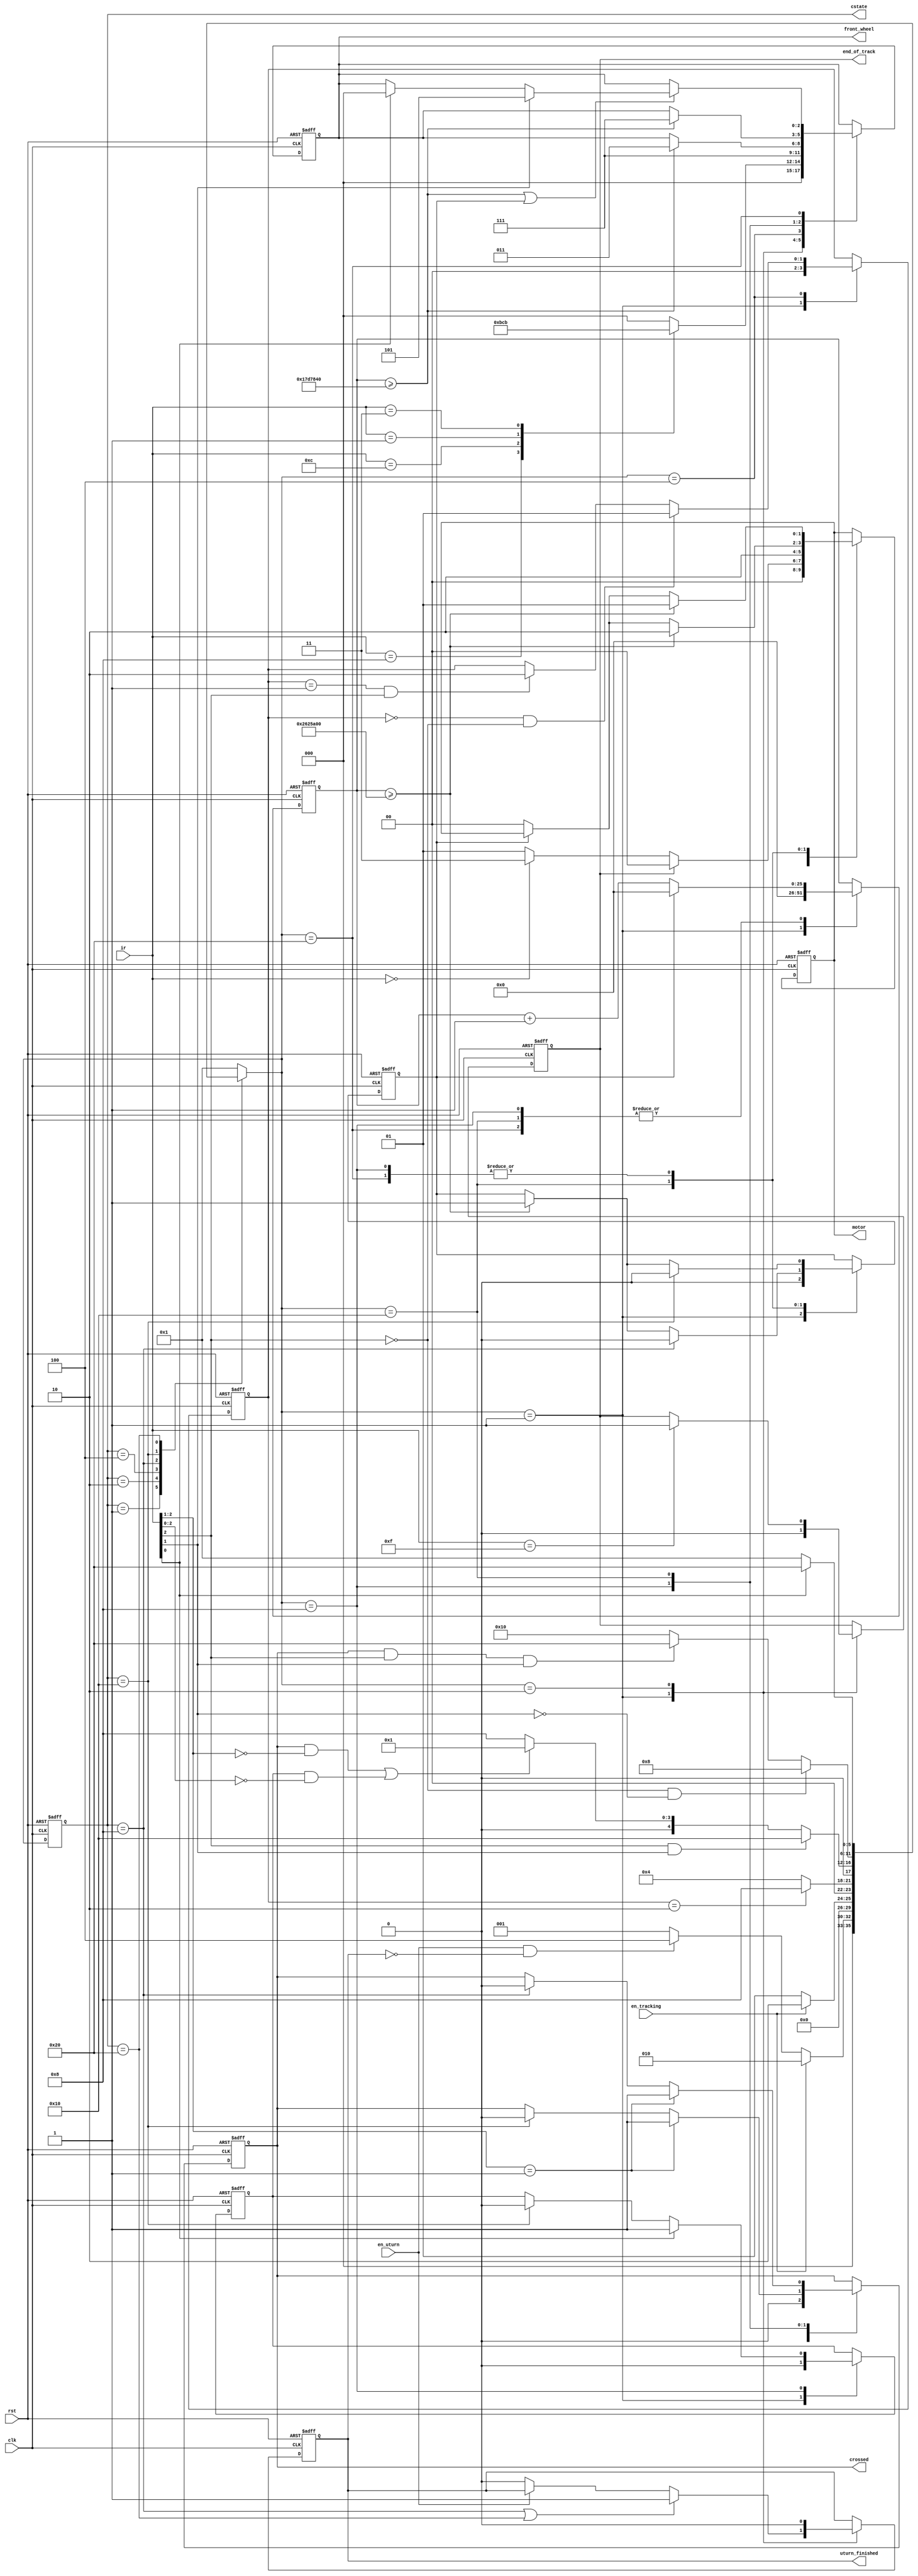
// tracking and u-turn logic
module Trackuturn (
    // global reset
    input rst,
    // clock
    input clk,
    // binary signals of 4 infrared sensors
    input [3:0] ir,
    // enable signal from Core
    input en_tracking,
    input en_uturn,
    // front wheel direction to Servo
    // 000 straight  001 left small  011 left big  101 right small  111 right big
    output reg [2:0] front_wheel,
    // motor speed to Motor
    // 00 stop  01 forward  10 backward  11 fast forward
    output reg [1:0] motor,
    // end of track to Core
    output reg end_of_track,
    // u-turn finished to Core
    output reg uturn_finished,

    output reg [5:0] cstate,
    output reg crossed
);

    // fsm states
    parameter   STOP        = 6'b000001,
                TRACK       = 6'b000010, // tracking
                INITIAL     = 6'b000100, // initial backward movement of a u-turn process
                FORWARD     = 6'b001000, // going forward during u-turn
                BACKWARD    = 6'b010000, // going backward during u-turn
                FINAL       = 6'b100000; // final straight driving in case of ending after BACKWARD

    // current state, next state
    reg [5:0] nstate;

    // indicate whether ir[2] has touched black after touching white
    reg [1:0] initial_touch;

    // indicates that ir[2:1] has crossed the black-white border
    // reg crossed;

    // indicates that ir[0] has touched black
    reg right_black;

    // interpretation of signal from infrared sensors
    parameter WHITE = 1'b0, BLACK = 1'b1;

    // front wheel direction
    parameter   STRAIGHT    = 3'b000,
                LEFT_SMALL  = 3'b001,
                LEFT_BIG    = 3'b011,
                RIGHT_SMALL = 3'b101,
                RIGHT_BIG   = 3'b111;

    // motor speed
    parameter   MOTOR_STOP  = 2'b00,
                MOTOR_FOR   = 2'b01,
                MOTOR_BACK  = 2'b10,
                FAST_FORWARD= 2'b11;

    // delay before turning front wheels and before driving motor
    parameter   TURN_DELAY  = 25000000, // 0.5s
                DRIVE_DELAY = 40000000; // + 0.3s
    
    reg [25:0] delay;
    // for testing
    // parameter   TURN_DELAY  = 5,
    //             DRIVE_DELAY = 8;
    // reg [3:0] delay;
    reg delayed;

    // change state
    always @(posedge clk or negedge rst)
        if (!rst)
            cstate <= STOP;
        else
            cstate <= nstate;

    // state changing rules
    always @(*)
        case (cstate)
            STOP:
                if (en_tracking)
                    nstate = TRACK;
                else if (en_uturn && !uturn_finished)
                    nstate = INITIAL;
                else
                    nstate = STOP;
            TRACK:
                if (!en_tracking)
                    nstate = STOP;
                else
                    nstate = TRACK;
            INITIAL:
                if (initial_touch == 2)
                    nstate = FORWARD;
                else
                    nstate = INITIAL;
            FORWARD:
                if (ir[2] == BLACK && ir[1] == BLACK)
                    nstate = BACKWARD;
                else if (crossed && ir[2:1] == {WHITE, WHITE} || right_black && ir[2:0] == {WHITE, WHITE, WHITE})
                    nstate = STOP;
                else
                    nstate = FORWARD;
            BACKWARD:
                if (ir[2] == WHITE && ir[1] == WHITE)
                    nstate = FORWARD;
                else if (crossed && ir[2] == BLACK && ir[1] == BLACK)
                    nstate = FINAL;
                else
                    nstate = BACKWARD;
            FINAL:
                if (ir[0] == WHITE)
                    nstate = STOP;
                else
                    nstate = FINAL;
            default:
                nstate = STOP;
        endcase

    // front_wheel, motor, end_of_track, uturn_finished, initial_touch,
    // crossed, right_black, delay, delayed
    always @(posedge clk or negedge rst)
        if (!rst) begin
            front_wheel <= STRAIGHT;
            motor <= MOTOR_STOP;
            end_of_track <= 0;
            uturn_finished <= 0;
            initial_touch <= 0;
            crossed <= 0;
            right_black <= 0;
            delay <= 0;
            delayed <= 0;
        end
        else
            case (nstate)
                STOP: begin
                    front_wheel <= STRAIGHT;
                    motor <= MOTOR_STOP;
                    end_of_track <= 0;
                    if (cstate == FORWARD || cstate == FINAL)
                        uturn_finished <= 1;
                    else if (!en_uturn)
                        uturn_finished <= 0;
                    initial_touch <= 0;
                    crossed <= 0;
                    right_black <= 0;
                    delay <= 0;
                    delayed <= 0;
                end
                TRACK: begin
                    case (ir)
                        {BLACK, WHITE, WHITE, WHITE}:
                            front_wheel <= RIGHT_SMALL;
                        {BLACK, BLACK, WHITE, WHITE}:
                            front_wheel <= RIGHT_BIG;
                        {WHITE, WHITE, WHITE, BLACK}:
                            front_wheel <= LEFT_SMALL;
                        {WHITE, WHITE, BLACK, BLACK}:
                            front_wheel <= LEFT_BIG;
                        default:
                            front_wheel <= STRAIGHT;
                    endcase
                    if (end_of_track)
                        motor <= MOTOR_STOP;
                    else if (ir == {WHITE, WHITE, WHITE, WHITE})
                        motor <= FAST_FORWARD;
                    else
                        motor <= MOTOR_FOR;
                    if (ir == {BLACK, BLACK, BLACK, BLACK})
                        end_of_track <= 1;
                    uturn_finished <= 0;
                end
                INITIAL: begin
                    front_wheel <= RIGHT_BIG;
                    motor <= MOTOR_BACK;
                    if (initial_touch == 0 && ir[2] == WHITE)
                        initial_touch <= 1;
                    else if (initial_touch == 1 && ir[2] == BLACK)
                        initial_touch <= 2;
                end
                FORWARD: begin
                    if (delay >= TURN_DELAY)
                        front_wheel <= LEFT_BIG;
                    if (delay >= DRIVE_DELAY)
                        motor <= MOTOR_FOR;
                    else if (!delayed)
                        motor <= MOTOR_STOP;
                    if (cstate == BACKWARD) begin
                        crossed <= 0;
                        right_black <= 0;
                    end
                    if (ir[2:1] == {WHITE, BLACK})
                        crossed <= 1;
                    if (ir[0] == BLACK)
                        right_black <= 1;
                    if (delayed)
                        delay <= 0;
                    else
                        delay <= delay + 1;
                    if (cstate == BACKWARD)
                        delayed <= 0;
                    else if (delay >= DRIVE_DELAY)
                        delayed <= 1;
                end
                BACKWARD: begin
                    if (delay >= TURN_DELAY)
                        front_wheel <= RIGHT_BIG;
                    if (delay >= DRIVE_DELAY)
                        motor <= MOTOR_BACK;
                    else if (!delayed)
                        motor <= MOTOR_STOP;
                    if (cstate == FORWARD)
                        crossed <= 0;
                    if (ir[2:1] == {WHITE, BLACK})
                        crossed <= 1;
                    if (delayed)
                        delay <= 0;
                    else
                        delay <= delay + 1;
                    if (cstate == FORWARD)
                        delayed <= 0;
                    else if (delay >= DRIVE_DELAY)
                        delayed <= 1;
                end
                FINAL: begin
                    if (delay >= TURN_DELAY || delayed)
                        if (ir[1] == BLACK)
                            front_wheel <= RIGHT_SMALL;
                        else if (ir[0] == BLACK)
                            front_wheel <= STRAIGHT;
                    if (delay >= DRIVE_DELAY)
                        motor <= MOTOR_FOR;
                    else if (!delayed)
                        motor <= MOTOR_STOP;
                    if (delayed)
                        delay <= 0;
                    else
                        delay <= delay + 1;
                    if (cstate == BACKWARD)
                        delayed <= 0;
                    else if (delay >= DRIVE_DELAY)
                        delayed <= 1;
                end
            endcase
endmodule